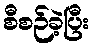
စီစဉ်ခဲ့ပြီး